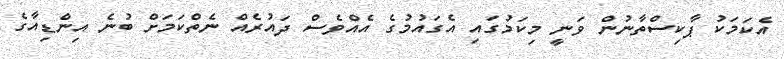
އެކަމަކު ޕާކިސްތާނުން ވަނީ މިކަމުގައި އެގައުމުގެ އެއްވެސް ދައުރެއް ނެތްކަމަށް ބުނެ އިންޑިއާގެ